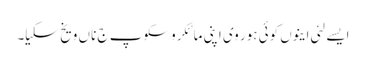
ایسے لئی اینوں کوئی ہور وی اپنی مائکروسکوپ ج ناں ویخ سکیا۔